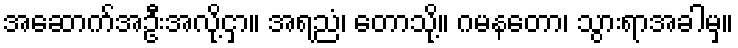
အဆောက်အဦးအလို့ငှာ။ အရညံ၊ တောသို့။ ဂမနတော၊ သွားရာအခါမှ။